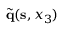
\tilde { \bf q } ( { \bf s } , x _ { 3 } )